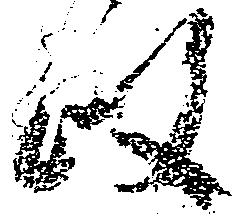
政